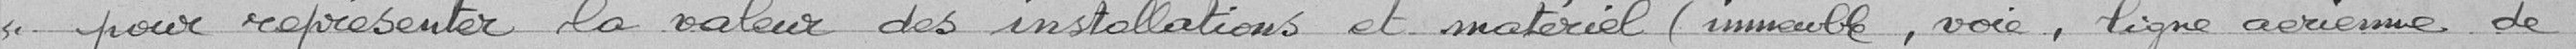
"pour représenter la valeur des installations et matériel (immeuble, voie, ligne aérienne de